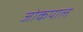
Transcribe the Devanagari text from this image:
जोकपाल